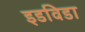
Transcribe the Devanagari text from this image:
इडविडा